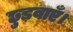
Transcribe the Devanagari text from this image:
छुड़वाएँ।